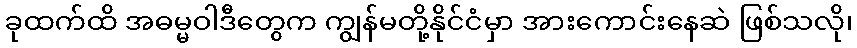
ခုထက်ထိ အဓမ္မဝါဒီတွေက ကျွန်မတို့နိုင်ငံမှာ အားကောင်းနေဆဲ ဖြစ်သလို၊